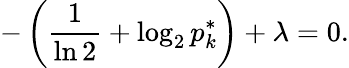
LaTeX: -\left({\frac{1}{\ln 2}}+\log_{2}p_{k}^{*}\right)+\lambda=0.